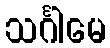
သင်္ဂါမေ